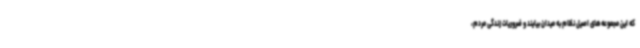
که این مجموعه‌های اصیل نظام به میدان بیایند و ضروریات زندگی مردم،